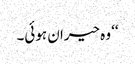
‘‘ وہ حیران ہوئی۔